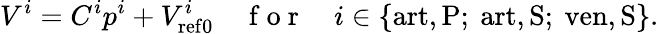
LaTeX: V^{i}=C^{i}p^{i}+V_{\mathrm{{ref0}}}^{i}\quad\mathrm{~f~o~r~}\quad i\in\{ \mathrm{art,P};\ \mathrm{art,S};\ \mathrm{ven,S}\} .